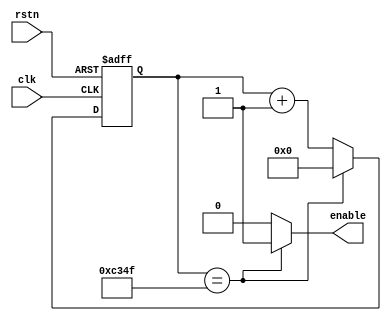
// 
module clk_en_generator(clk, rstn, enable);
    // 
    input clk, rstn;        // clkrstn
    output enable;          // enable

    // 
    parameter N = 50000;    // N
    parameter W = 16;       // WN

    // 
    reg [W-1:0] cnt_reg;    // W

    // 
    always @(posedge clk or negedge rstn)
    begin
        if (!rstn)
            cnt_reg <= 0;   // 
        else if (cnt_reg == N-1)
            cnt_reg <= 0;   // N-1
        else
            cnt_reg <= cnt_reg + 1'b1; // 1
    end

    // 
    assign enable = (cnt_reg == N-1) ? 1'b1 : 1'b0; // N-1

endmodule